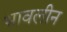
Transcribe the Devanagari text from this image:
भावलीन